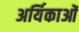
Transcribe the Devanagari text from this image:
अर्यिकाओं